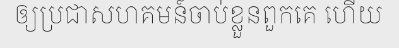
ឲ្យប្រជាសហគមន៍ចាប់ខ្លួនពួកគេ ហើយ